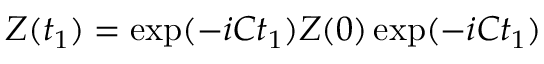
Z ( t _ { 1 } ) = \exp ( - i C t _ { 1 } ) Z ( 0 ) \exp ( - i C t _ { 1 } )